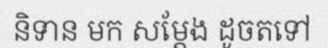
និទាន មក សម្តែង ដូចតទៅ